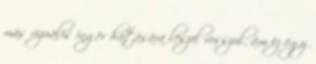
más vizuális inger hatására leszel rosszul, ám ez egy